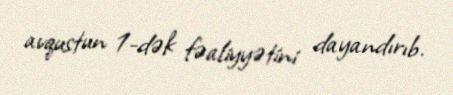
avqustun 1-dək fəaliyyətini dayandırıb.